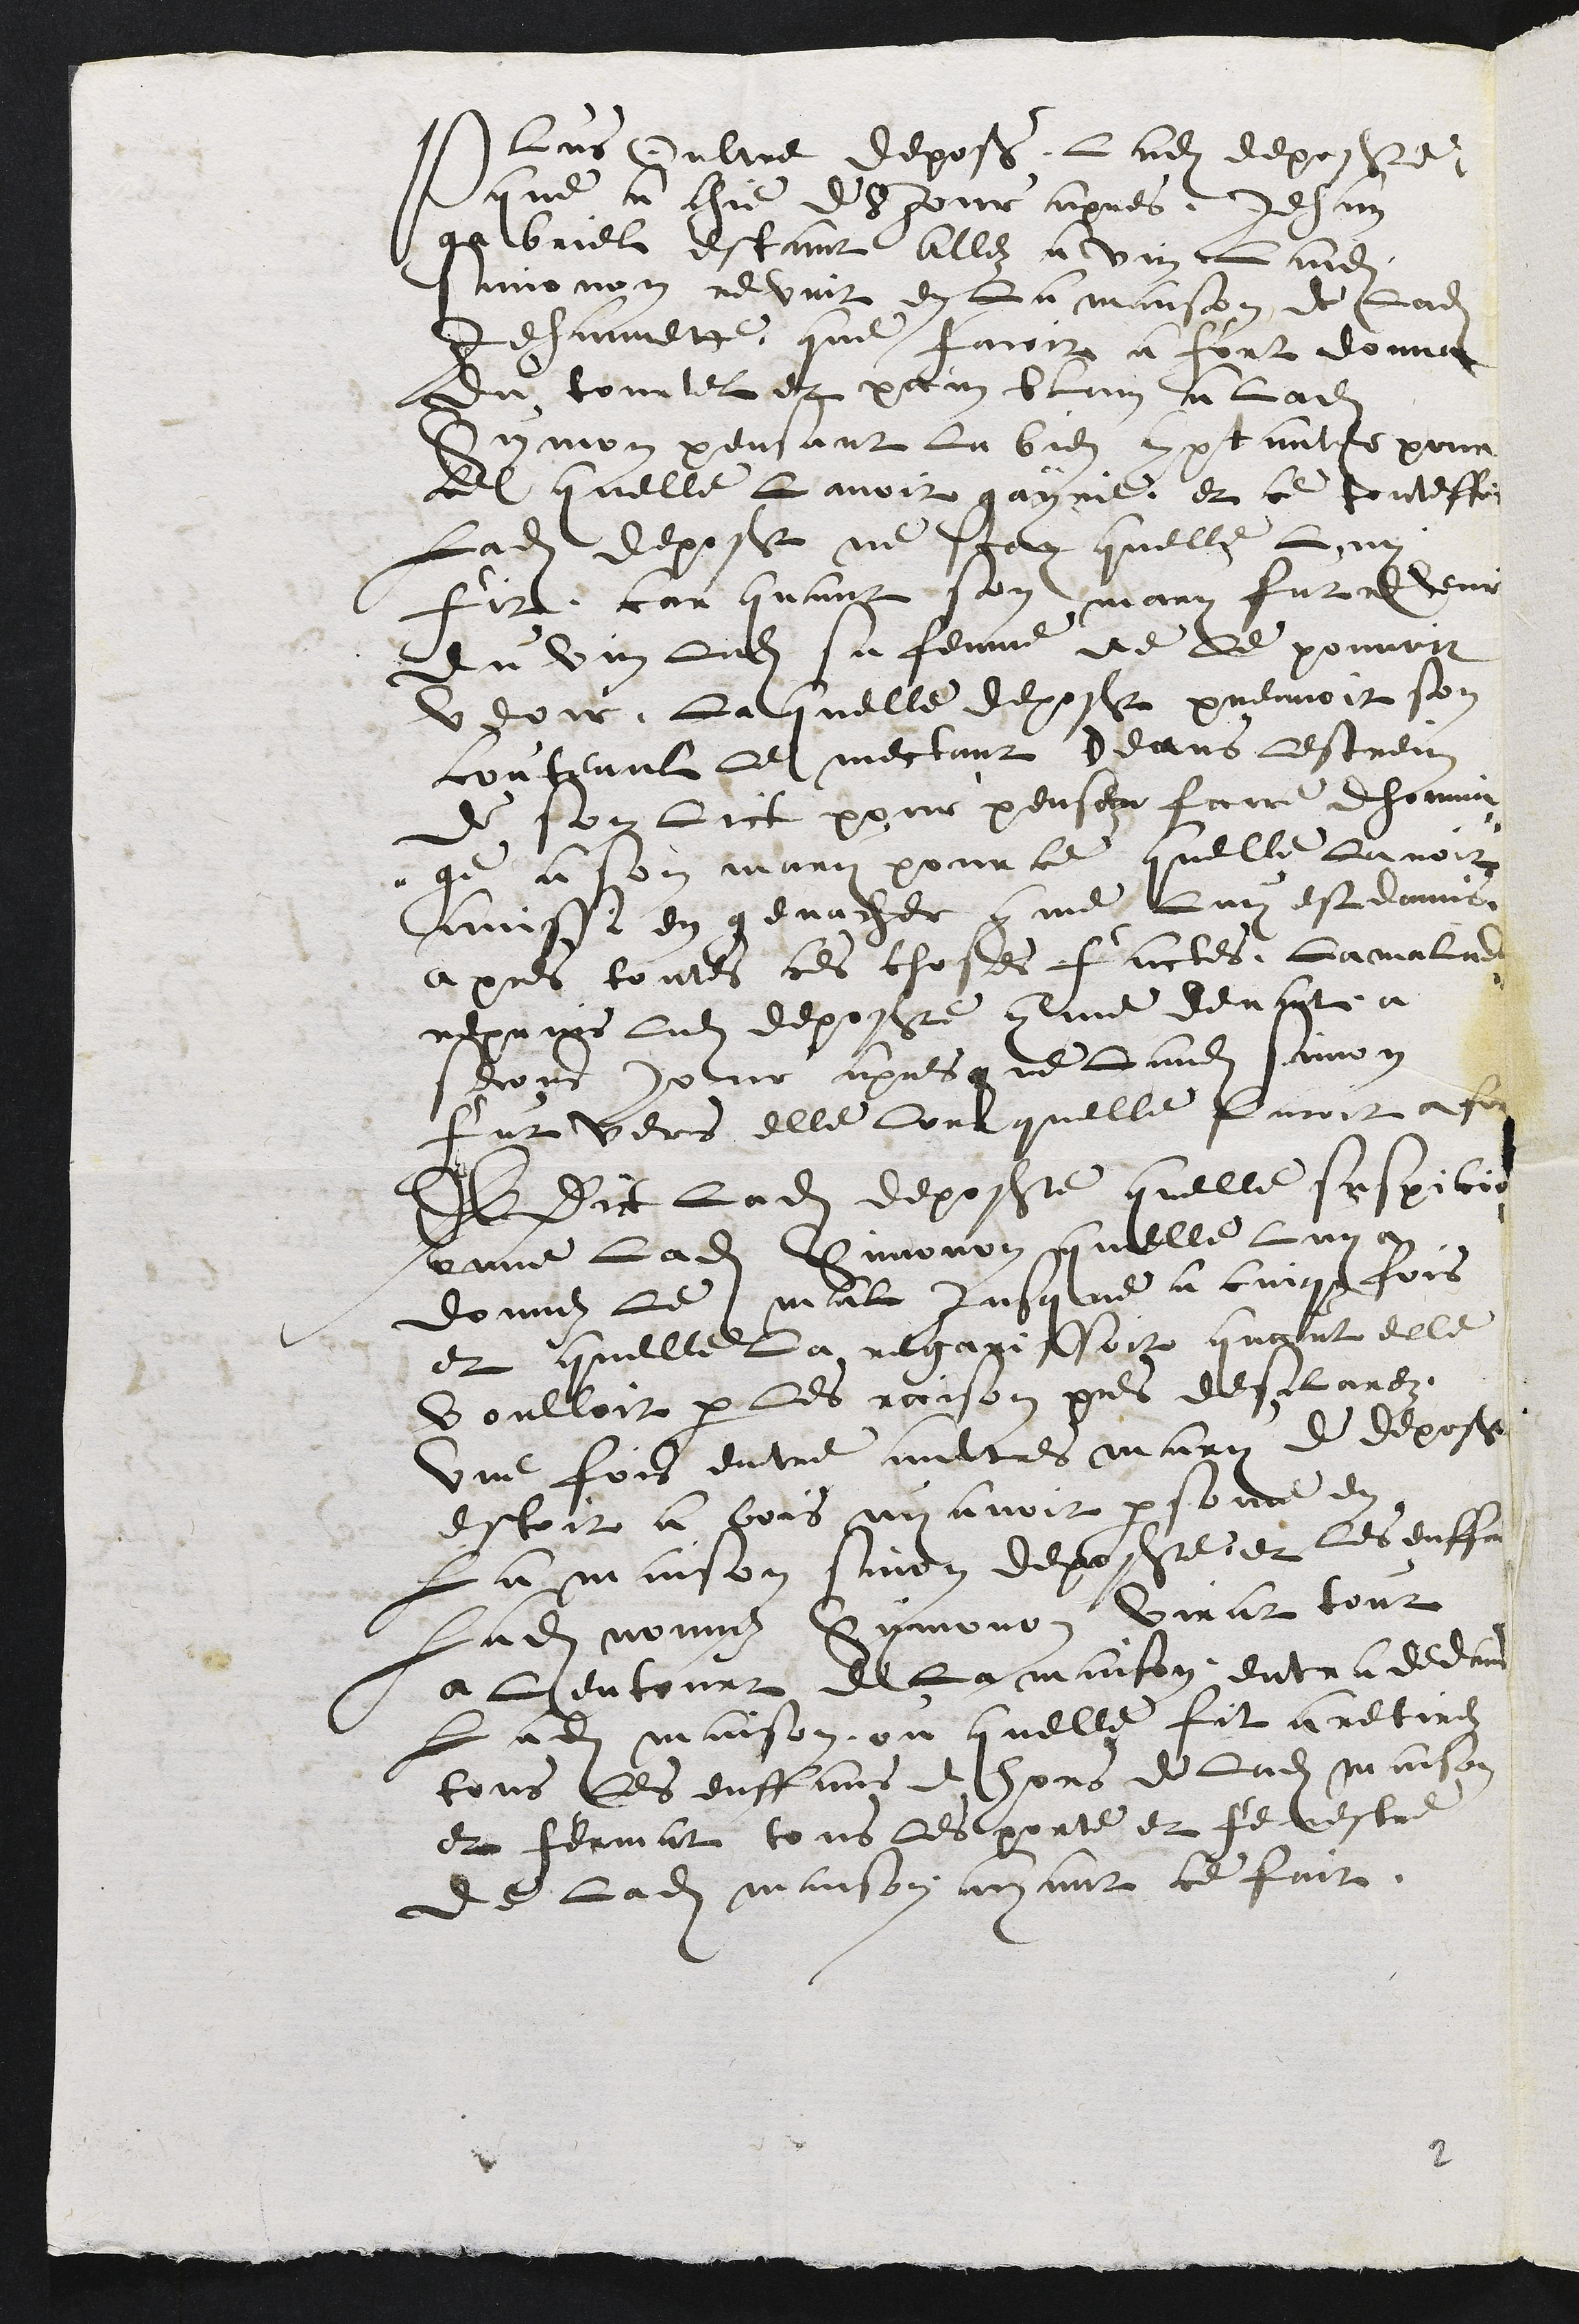
plus oultre depose ladite deposante
que a chie de 8 jour apres, Jehan
gabriel estant allez a vin ladite
Simonon revint en la maison de ladite
Jehannette que faicoit a fort donna
du tourtel et pain blain a ladite
Symon pensant la bien comptanter pour
cel quelle Lavoit gayrie et ce touteffois
ladite deposant ne scay quelle Luy
fit, car quant son mary fut revenir
du vin ladite sa femme ne le pouvoit
veoir, Laquelle deposant prennoit son
couteaul le mectant deans lestrein
de son lict pour penser faire dhomai-
ge a son mary pour ce quelle Lavoit
ainssi en genacher comme Luy est donnis
apres toutes ces choses faictes, La maladie
reprins ladite deposante comme devant a
secons Jour apres que ladite simon
fur vers elle lors quelle facoit a for
Et dit ladite deposante quelle suspicio-
onne ladite Sinonon quelle Luy a
donne le mal Jusque a cinqz fois
et quelle la regarissoit quant elle
voulloit par les raisons pres desclarez.
Une fois entre aultres mary de deposante
estoit a bois ny avoit persone en
La maison sinon deposante et les enffans
ladite nommez Symonon virat tout
a lentourt de la maison entra dedans
ladite Maison ou quelle fit a retirez
tous les enffans dehors de ladite maison
et fermat tous les porte et fenestre
de ladite maison ayant ce fait